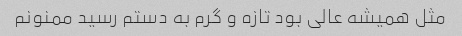
مثل همیشه عالی بود تازه و گرم به دستم رسید ممنونم